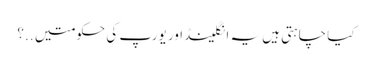
کیا چاہتی ہیں یہ انگلینڈ اور یورپ کی حکومتیں ..؟